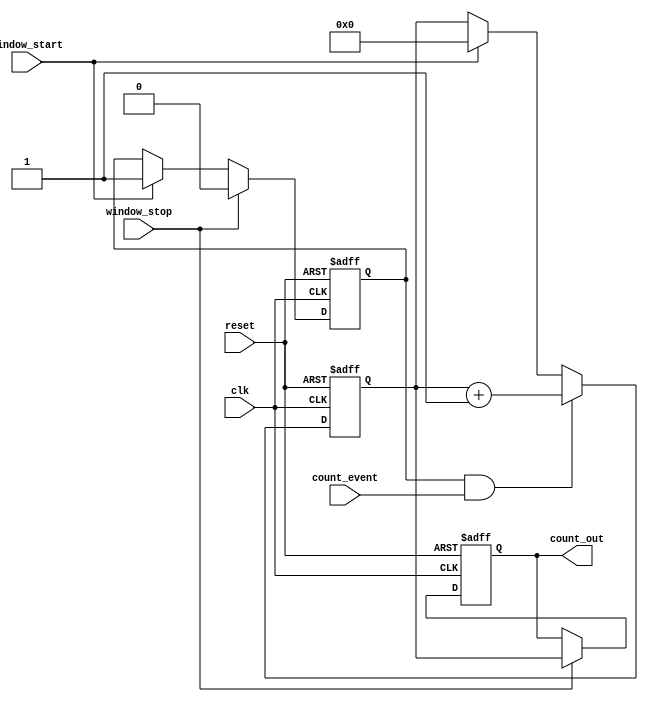
module windowed_counter #(
    parameter COUNTER_WIDTH = 8 // Define the bit-width of the counter
)(
    input wire clk,               // Clock signal
    input wire reset,             // Asynchronous reset signal
    input wire count_event,       // Input event signal to count
    input wire window_start,       // Signal to start counting window
    input wire window_stop,        // Signal to stop counting window
    output reg [COUNTER_WIDTH-1:0] count_out // Current count output
);

    // Internal registers
    reg counting;                 // State to indicate if counting is active
    reg [COUNTER_WIDTH-1:0] count; // Counter register

    // Asynchronous reset
    always @(posedge clk or posedge reset) begin
        if (reset) begin
            count <= 0;           // Clear count on reset
            count_out <= 0;       // Clear output
            counting <= 1'b0;     // Reset counting state
        end else begin
            // Handle window start
            if (window_start) begin
                counting <= 1'b1;  // Start counting
                count <= 0;        // Reset count to zero when window starts
            end
            
            // Handle window stop
            if (window_stop) begin
                counting <= 1'b0;  // Stop counting, latch current count
                count_out <= count; // Latch the count output
            end
            
            // Increment count if counting is active and count_event is high
            if (counting && count_event) begin
                count <= count + 1; // Increment count on event detection
            end
        end
    end

endmodule